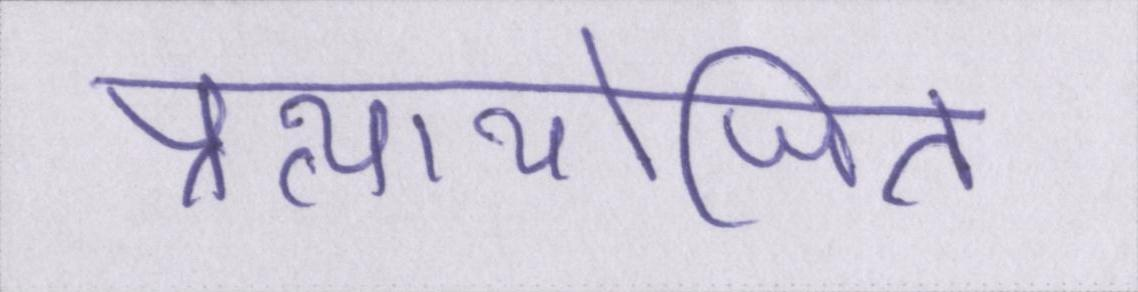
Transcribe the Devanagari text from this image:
प्रत्यायोजित